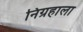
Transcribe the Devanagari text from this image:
निग्रहाला